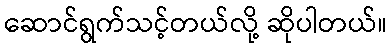
ဆောင်ရွက်သင့်တယ်လို့ ဆိုပါတယ်။